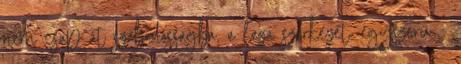
nem csap át szabadosságba, a laza szerkezet, egyszerű –